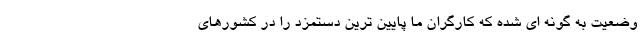
وضعیت به گونه ای شده که کارگران ما پایین ترین دستمزد را در کشورهای